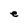
Character: e